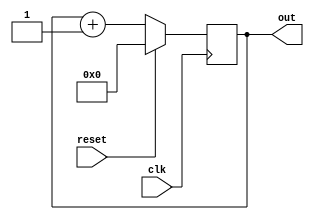
module up_counter_1 ( out,clk,reset);

output [4:0] out;
input clk,reset;

reg[4:0] out;


always @ (posedge clk)
	if (reset)		
		out <= 0;
	else
		out <= out + 1;

endmodule 

module up_counter_1_tb ();

wire [4:0] out;
reg clk,reset;

up_counter_1 upcounter1( out,clk,reset);

initial
begin
	clk = 0;
	#5 reset = 1;
	#2 reset = 0;

end
always 
	#5 clk = ~clk;
initial
	$monitor ($time, "out--%d",out);


endmodule